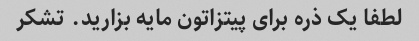
لطفا یک ذره برای پیتزاتون مایه بزارید. تشکر